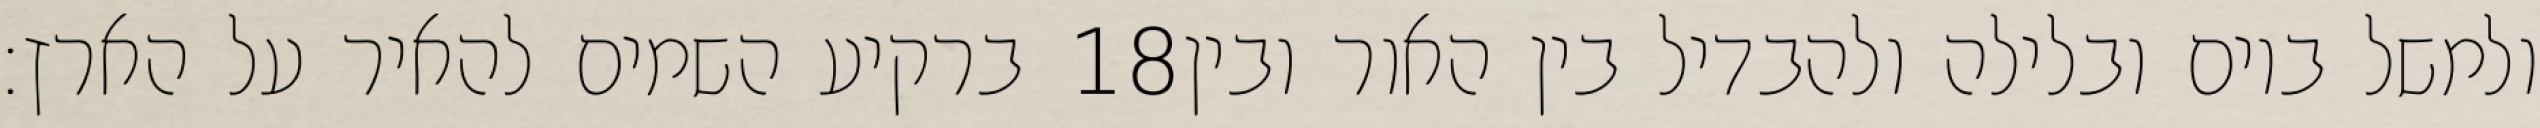
ברקיע השמים להאיר על הארץ׃ ‎18‏ ולמשל ביום ובלילה ולהבדיל בין האור ובין